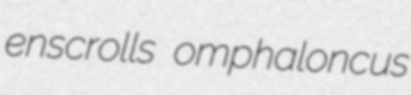
enscrolls omphaloncus